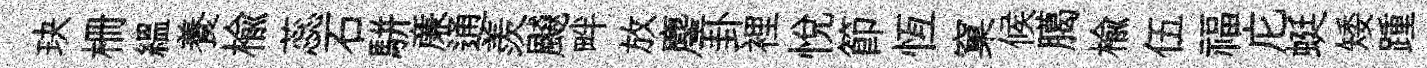
玦栅緼養楡蕊石駢亷通羨飇畔放麈卦裡悦節恆窠候臈榆伍福庀蜓矮踵